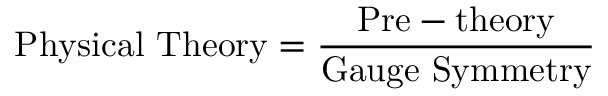
\mathrm { P h y s i c a l ~ T h e o r y } = \frac { \mathrm { P r e - t h e o r y } } { \mathrm { G a u g e ~ S y m m e t r y } }